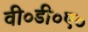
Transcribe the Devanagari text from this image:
वी०डी०ए०